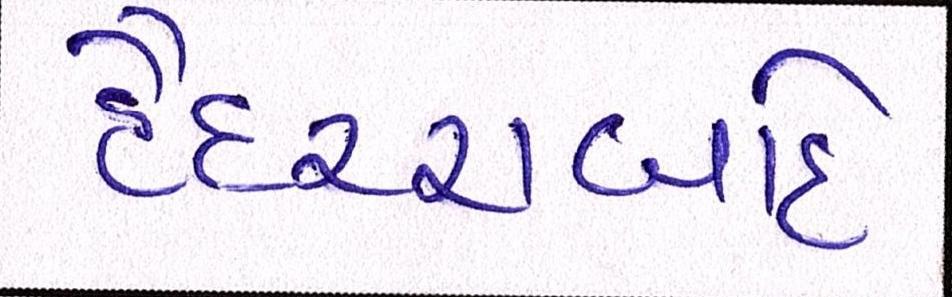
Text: હૈદરાબાદે